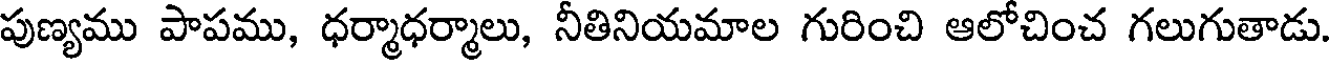
పుణ్యము పాపము, ధర్మాధర్మాలు, నీతినియమాల గురించి ఆలోచించ గలుగుతాడు